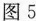
图5